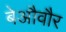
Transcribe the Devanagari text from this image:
बेऔवौर